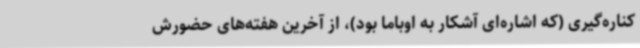
کناره‌گیری (که اشاره‌ای آشکار به اوباما بود)، از آخرین‌ هفته‌های حضورش